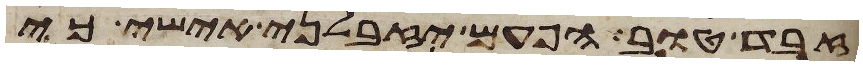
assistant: זבד טוב הפעם יזבלני אישי כי